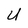
Character: U